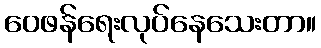
ဝေဖန်ရေးလုပ်နေသေးတာ။